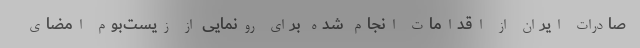
صادرات ایران از اقدامات انجام شده برای رونمایی از زیست‌بوم امضای